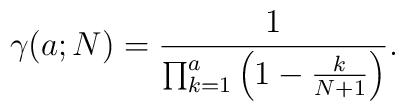
\gamma(a;N) = {1\over\prod_{k=1}^a \left(1-{k\over N+1}\right)}.